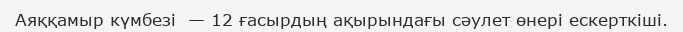
Аяққамыр күмбезі  — 12 ғасырдың ақырындағы сәулет өнері ескерткіші.